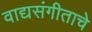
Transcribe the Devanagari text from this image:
वाद्यसंगीताचे